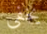
يخفى